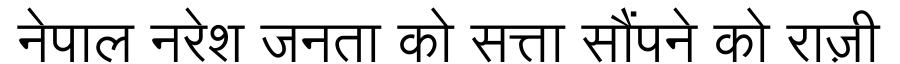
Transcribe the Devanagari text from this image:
नेपाल नरेश जनता को सत्ता सौंपने को राज़ी